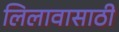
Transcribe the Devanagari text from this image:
लिलावासाठी